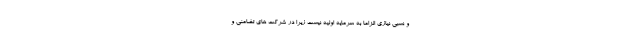
و نسبی نیازی الزاما به سرمایه اولیه نیست زیرا در شرکت های تضامنی و